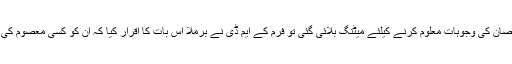
آخر جب اس نقصان کی وجوہات معلوم کرنے کیلئے میٹنگ بلائی گئی تو فرم کے ایم ڈی نے برملا اس بات کا اقرار کیا کہ ان کو کسی معصوم کی بددعا لگی ہے۔